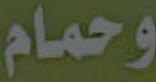
وحمام